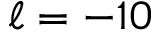
\ell = - 1 0